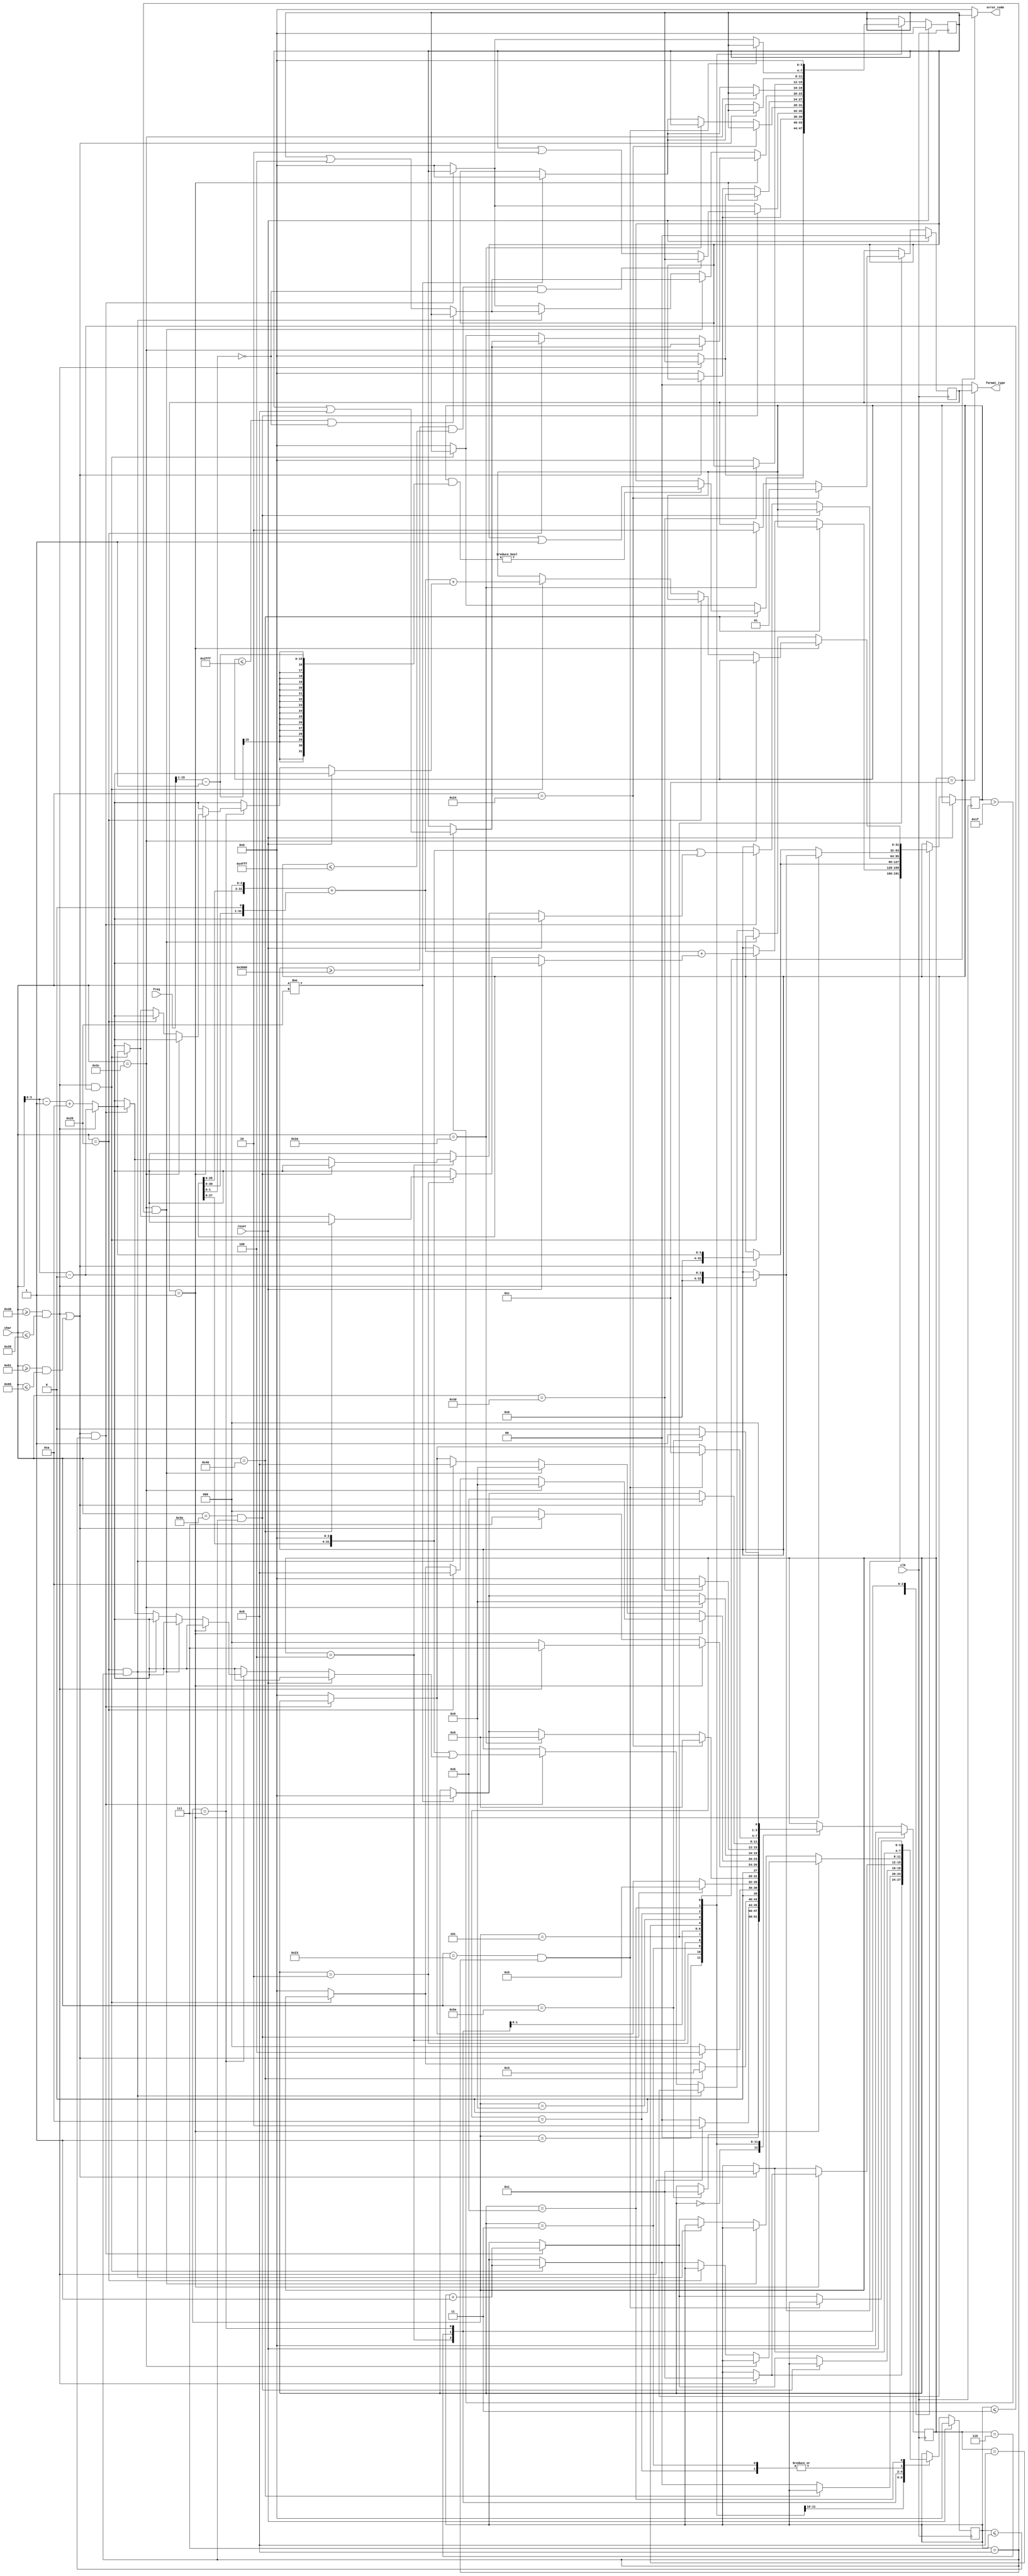
`timescale 1ns / 1ps

module cpu_checker(
    input clk,
    input reset,
    input [7:0] char,
    input [15:0] freq,
    output [1:0] format_type,
    output [3:0] error_code
    );

    localparam S_0 = 4'd0,
               S_caret = 4'd1,
               S_time = 4'd2,
               S_at = 4'd3,
               S_pc = 4'd4,
               S_comma = 4'd5,
               S_prefix = 4'd6,
               S_num = 4'd7,
               S_blank = 4'd8,
               S_le = 4'd9,
               S_eq = 4'd10,
               S_hex = 4'd11,
               S_sharp = 4'd12;
    localparam T_reg = 2'b01, T_data = 2'b10;
    localparam err_time = 4'b0001,
               err_pc = 4'b0010,
               err_addr = 4'b0100,
               err_grf = 4'b1000;

    reg [1:0] type;
    reg [3:0] status,ctr,code;
    reg [31:0] tmp;

    initial begin
        status=0;
        type=0;
        ctr=0;
        code=0;
    end

    assign format_type = status==S_sharp ? type : 2'b00;
    assign error_code = status==S_sharp ? code : 4'b0000;

    always @(posedge clk) begin
        if(reset) begin
            status <= 0;
            type <= 0;
            ctr <= 0;
            code <= 0;
        end else begin
            case(status)
                S_0: if(char=="^") status <= S_caret;
                S_caret: begin
                    if(isNum(char)) begin
                        status <= S_time;
                        ctr <= 1;
                        tmp <= getNum(char);
                    end else SyncReset();
                end
                S_time: begin
                    if(char=="@") begin
                        status <= S_at;
                        if((tmp&((freq>>1)-1)) != 0) code <= code|err_time;
                    end else if(isNum(char) && ctr<=3) begin
                        ctr <= ctr+1;
                        tmp <= (tmp<<3)+(tmp<<1)+getNum(char);
                    end else SyncReset();
                end
                S_at: begin
                    if(isHex(char)) begin
                        status <= S_pc;
                        ctr <= 1;
                        tmp <= getNum(char);
                    end else SyncReset();
                end
                S_pc: begin
                    if(char==":" && ctr==8) begin
                        status <= S_comma;
                        if(!(tmp>=32'h3000 && tmp<=32'h4fff && tmp[1:0]==2'b00)) code <= code|err_pc;
                    end else if(isHex(char) && ctr<=7) begin
                        ctr <= ctr+1;
                        tmp <= (tmp<<4)|getNum(char);
                    end else SyncReset();
                end
                S_comma: begin
                    if(char=="$") begin
                        status <= S_prefix;
                        type <= T_reg;
                    end else if(char==8'd42) begin //ascii number of star symbol
                        status <= S_prefix;
                        type <= T_data;
                    end else if(char!=" ") SyncReset();
                end
                S_prefix: begin
                    if(type==T_reg) begin
                        if(isNum(char)) begin
                            status <= S_num;
                            ctr <= 1;
                            tmp <= getNum(char);
                        end else SyncReset();
                    end else begin
                        if(isHex(char)) begin
                            status <= S_num;
                            ctr <= 1;
                            tmp <= getNum(char);
                        end else SyncReset();
                    end
                end
                S_num: begin
                    if(type==T_reg) begin
                        if(char=="<") begin
                            status <= S_le;
                            if(tmp>31) code <= code|err_grf;
                        end else if(char==" ") begin
                            status <= S_blank;
                            if(tmp>31) code <= code|err_grf;
                        end else if(isNum(char) && ctr<=3) begin
                            ctr <= ctr+1;
                            tmp <= (tmp<<3)+(tmp<<1)+getNum(char);
                        end else SyncReset();
                    end else begin
                        if(char=="<" && ctr==8) begin
                            status <= S_le;
                            if(!(tmp<=32'h2fff && tmp[1:0]==2'b00)) code <= code|err_addr;
                        end else if(char==" " && ctr==8) begin
                            status <= S_blank;
                            if(!(tmp<=32'h2fff && tmp[1:0]==2'b00)) code <= code|err_addr;
                        end else if(isHex(char) && ctr<=7) begin
                            ctr <= ctr+1;
                            tmp <= (tmp<<4)|getNum(char);
                        end else SyncReset();
                    end
                end
                S_blank: begin
                    if(char=="<") status <= S_le;
                    else if(char!=" ") SyncReset();
                end
                S_le: begin
                    if(char=="=") status <= S_eq;
                    else SyncReset();
                end
                S_eq: begin
                    if(isHex(char)) begin
                        status <= S_hex;
                        ctr <= 1;
                    end else if(char!=" ") SyncReset();
                end
                S_hex: begin
                    if(char=="#" && ctr==8) status <= S_sharp;
                    else if(isHex(char) && ctr<=7) ctr <= ctr+1;
                    else SyncReset();
                end
                S_sharp: begin
                    if(char=="^") begin
                        status <= S_caret;
                        code <= 0;
                    end else SyncReset();
                end
            endcase
        end
    end

    task SyncReset;
        begin
            status <= S_0;
            code <= 0;
        end
    endtask
    function isNum;
        input [7:0] c;
        begin
            isNum = (c>="0" && c<="9");
        end
    endfunction
    function isHex;
        input [7:0] c;
        begin
            isHex = isNum(c) || (c>="a" && c<="f");
        end
    endfunction
    function [3:0] getNum;
        input [7:0] c;
        begin
            if(isNum(c)) getNum = c-"0";
            else getNum = c-"a"+10;
        end
    endfunction
endmodule